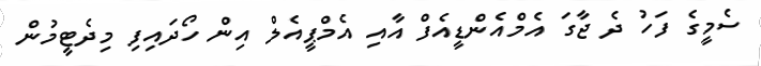
ސެމީގެ ފަހު ދެ ޖާގަ އެމްއެންޑީއެފް އާއި އެމްޕީއެލް އިން ހޯދައިފި މިދެޓީމުން